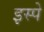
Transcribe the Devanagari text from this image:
इस्पे